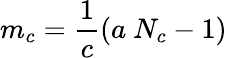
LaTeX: m_{c}=\frac{1}{c}(a~N_{c}-1)\, \, \, \, \,